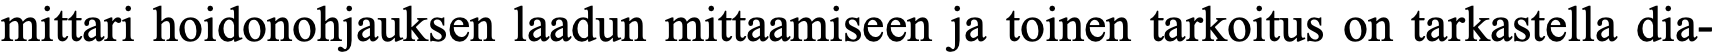
mittari hoidonohjauksen laadun mittaamiseen ja toinen tarkoitus on tarkastella dia-